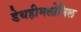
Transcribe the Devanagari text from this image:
डेथहीमलोनिल